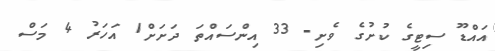
އައްޑޫ ސިޓީގެ ކުށުގެ ވެށި- 33 އިންސައްތަ ދަށަށް1 އަހަރު 4 މަސް